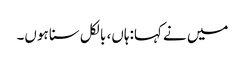
میں نے کہا:ہاں، بالکل سنا ہوں۔